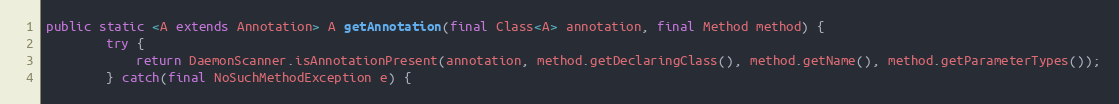
Language: Java
public static <A extends Annotation> A getAnnotation(final Class<A> annotation, final Method method) {
        try {
            return DaemonScanner.isAnnotationPresent(annotation, method.getDeclaringClass(), method.getName(), method.getParameterTypes());
        } catch(final NoSuchMethodException e) {